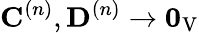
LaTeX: \mathbf{C}^{(n)},\mathbf{D}^{(n)}\to\mathbf{0}_{\mathrm{V}}